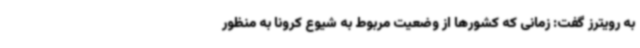
به رویترز گفت: زمانی که کشورها از وضعیت مربوط به شیوع کرونا به منظور